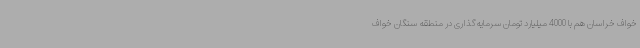
خواف خراسان هم با 4000 میلیارد تومان سرمایه‌گذاری در منطقه سنگان خواف